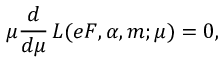
\mu \frac { d } { d \mu } \, { \cal L } ( e F , \alpha , m ; \mu ) = 0 ,